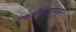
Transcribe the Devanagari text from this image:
एकत्रीकरणामधून